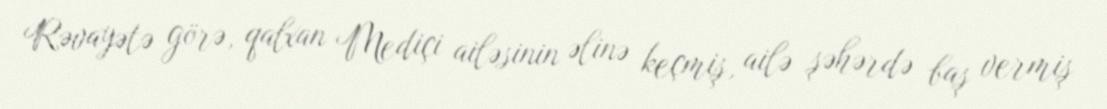
Rəvayətə görə, qalxan Mediçi ailəsinin əlinə keçmiş, ailə şəhərdə baş vermiş